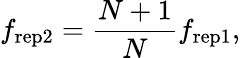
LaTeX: f_{\mathrm{rep2}}=\frac{N+1}{N}f_{\mathrm{rep1}},